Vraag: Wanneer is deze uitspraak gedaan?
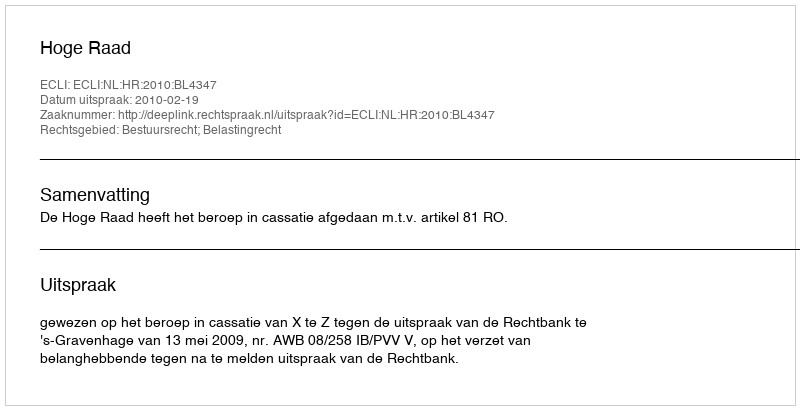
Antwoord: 2010-02-19